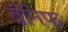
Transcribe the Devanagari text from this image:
ब्रॅनिफ